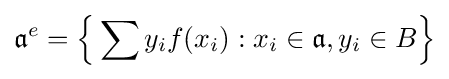
{\mathfrak {a}}^{e}={\Big \{}\sum y_{i}f(x_{i}):x_{i}\in {\mathfrak {a}},y_{i}\in B{\Big \}}